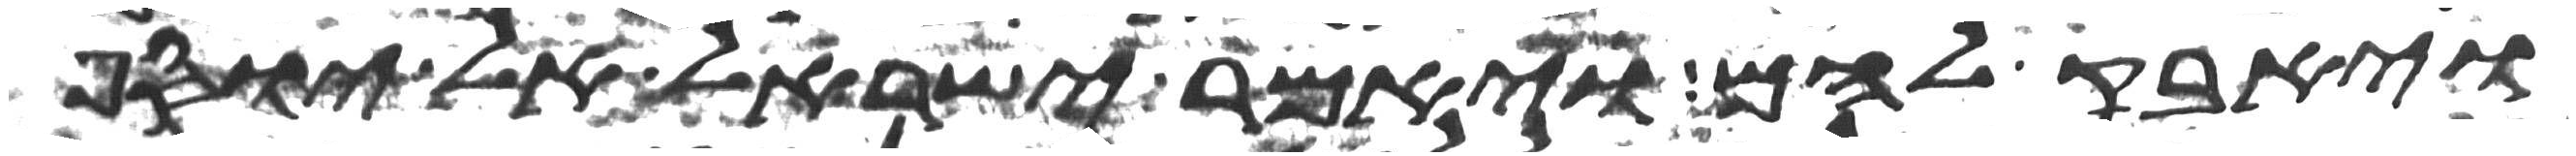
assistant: ויחבק להם ויאמר ישראל אל יוסף